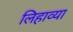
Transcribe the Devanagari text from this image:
लिहाव्या